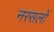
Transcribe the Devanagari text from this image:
नरसलों